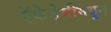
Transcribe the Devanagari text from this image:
ऍकेडेमीमधून